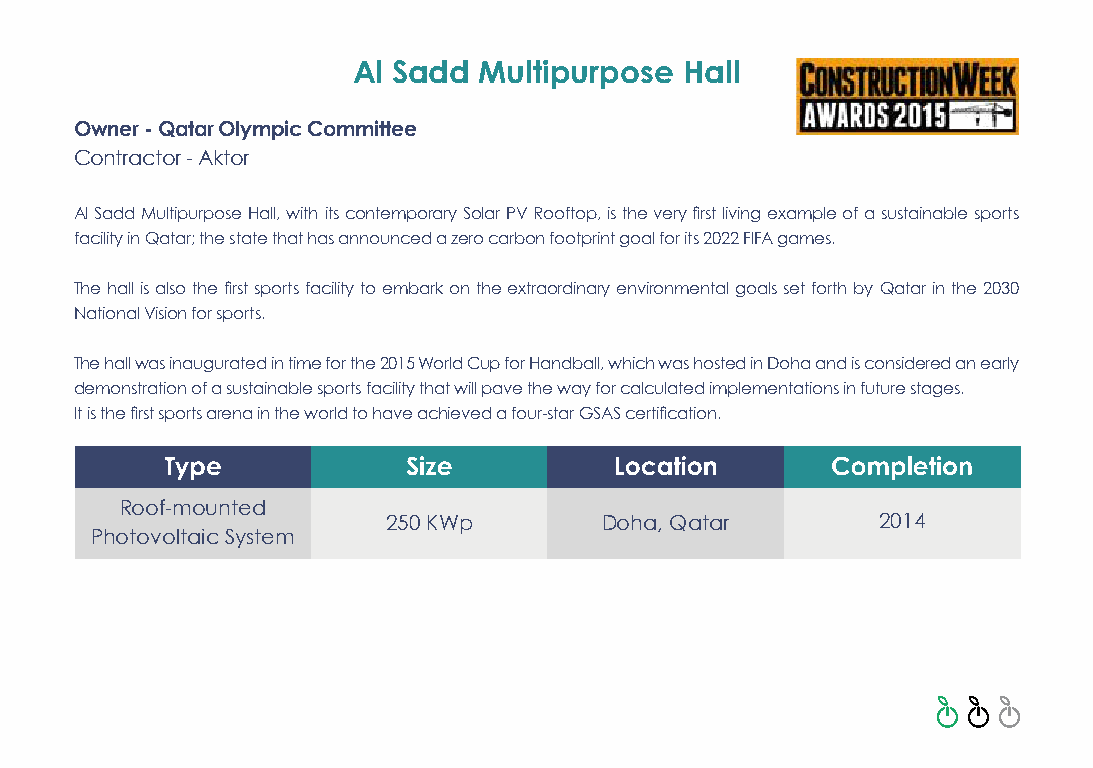
Al Sadd  Multipurpose Hall
 Owner - Qatar Olympic Committee
 Contractor - Aktor
 Al Sadd Multipurpose Hall, with its contemporary Solar PV Rooftop, is the very first living example of a sustainable sports
 facility in Qatar; the state that has announced a zero carbon footprint goal for its 2022 FIFA games.
 The hall is also the first sports facility to embark on the extraordinary environmental goals set forth by Qatar in the 2030
 National Vision for sports.
 The hall was inaugurated in time for the 2015 World Cup for Handball, which was hosted in Doha and is considered an early
 demonstration of a sustainable sports facility that will pave the way for calculated implementations in future stages.
 It is the first sports arena in the world to have achieved a four-star GSAS certification.
 Roof-mounted
 250 KWp       Doha, Qatar       2014
 Photovoltaic System